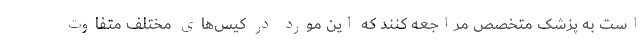
است به پزشک متخصص مراجعه کنند که این مورد در کیس‌های مختلف متفاوت